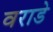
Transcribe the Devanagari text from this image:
वराडे